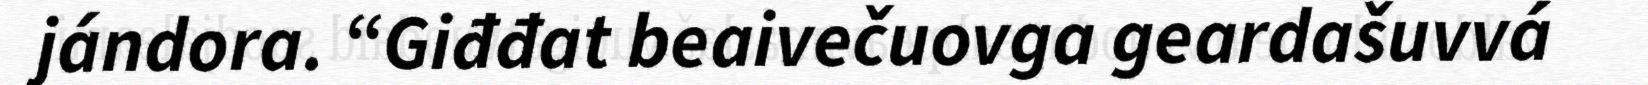
jándora. “Giđđat beaivečuovga geardašuvvá